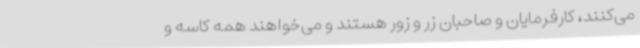
می‌کنند، کارفرمایان و صاحبان زر و زور هستند و می‌خواهند همه کاسه و